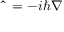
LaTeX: \mathbf { \hat { \Pi } } = - i \hbar \nabla